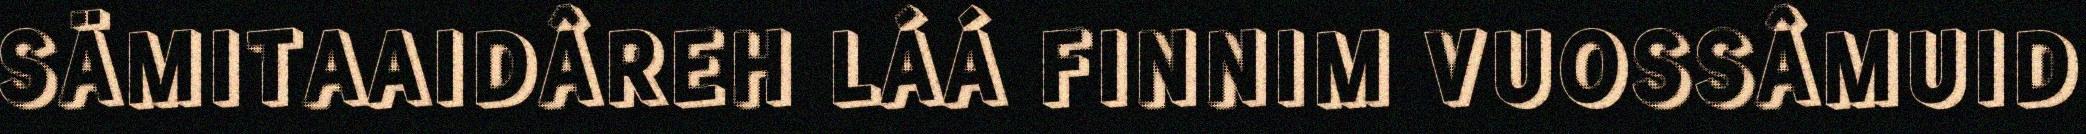
SÄMITAAIDÂREH LÁÁ FINNIM VUOSSÂMUID